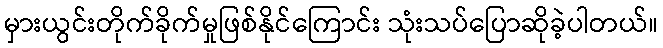
မှားယွင်းတိုက်ခိုက်မှုဖြစ်နိုင်ကြောင်း သုံးသပ်ပြောဆိုခဲ့ပါတယ်။